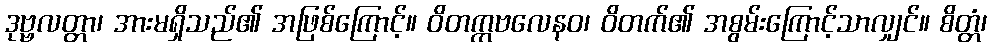
ဒုဗ္ဗလတ္တာ၊ အားမရှိသည်၏ အဖြစ်ကြောင့်။ ဝိတက္ကဗလေနဝ၊ ဝိတက်၏ အစွမ်းကြောင့်သာလျှင်။ စိတ္တံ၊